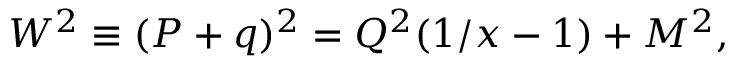
W ^ { 2 } \equiv ( P + q ) ^ { 2 } = Q ^ { 2 } ( 1 / x - 1 ) + M ^ { 2 } ,